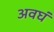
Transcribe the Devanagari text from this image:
अवघं